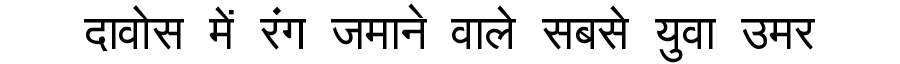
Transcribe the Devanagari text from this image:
दावोस में रंग जमाने वाले सबसे युवा उमर